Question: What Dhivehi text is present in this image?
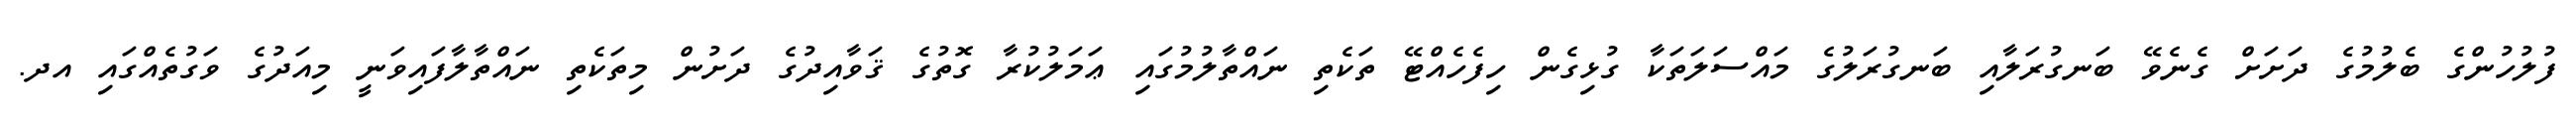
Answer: ފުލުހުންގެ ބެލުމުގެ ދަށަށް ގެނެވޭ ބަނގުރަލާއި ބަނގުރަލުގެ މައްސަލަތަކާ ގުޅިގެން ހިފެހެއްޓޭ ތަކެތި ނައްތާލުމުގައި ޢަމަލުކުރާ ގޮތުގެ ޤަވާއިދުގެ ދަށުން މިތަކެތި ނައްތާލާފައިވަނީ މިއަދުގެ ވަގުތެއްގައި އދ.